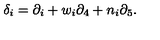
\delta _ { i } = \partial _ { i } + w _ { i } \partial _ { 4 } + n _ { i } \partial _ { 5 } .